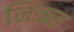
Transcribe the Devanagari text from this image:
निऋत